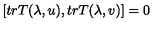
\left[ t r T ( \lambda , u ) , t r T ( \lambda , v ) \right] = 0